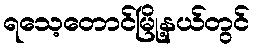
ရသေ့တောင်မြို့နယ်တွင်